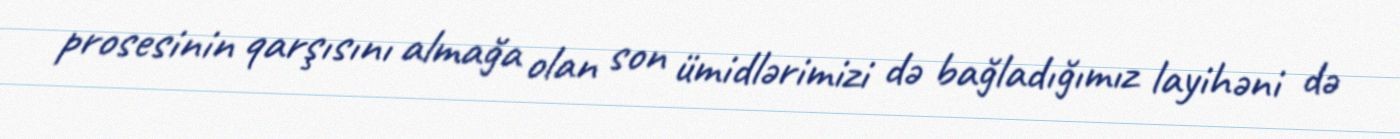
prosesinin qarşısını almağa olan son ümidlərimizi də bağladığımız layihəni də